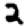
Digit: 2